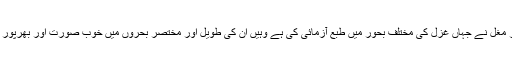
اس کے علاوہ افتخارؔ مغل نے جہاں غزل کی مختلف بحور میں طبع آزمائی کی ہے وہیں اُن کی طویل اور مختصر بحروں میں خوب صورت اور بھرپور غزلیات موجود ہیں ۔